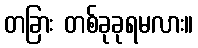
တခြား တစ်ခုခုရမလား။